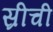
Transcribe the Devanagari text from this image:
स्रीची